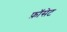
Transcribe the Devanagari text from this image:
फ़ॉसेट